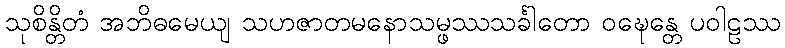
သုစိန္တိတံ အဘိဓမေယျ သဟဇာတမနောသမ္ဖဿသင်္ခါတော ဝဍ္ဎေန္တေ ပဝါဠဿ